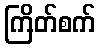
ကြိတ်စက်